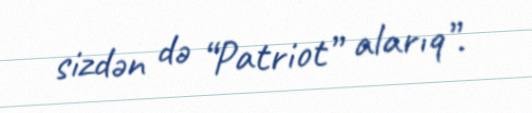
sizdən də “Patriot” alarıq”.